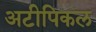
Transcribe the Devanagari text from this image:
अटीपिकल